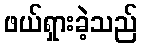
ဖယ်ရှားခဲ့သည်